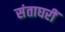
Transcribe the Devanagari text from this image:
संताघरीं